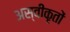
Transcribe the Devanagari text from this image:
अस्‍वीकृतों